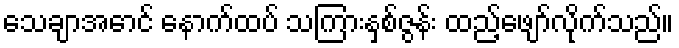
သေချာအောင် နောက်ထပ် သကြားနှစ်ဇွန်း ထည့်ဖျော်လိုက်သည်။